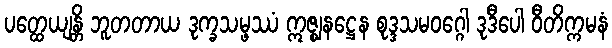
ပတ္ထေယျန္တိ ဘူတတာယ ဒုက္ခသမ္ဖဿံ ဣဇ္ဈနဋ္ဌေန စုဒ္ဒသမဝဂ္ဂေါ ဒုဒီပေါ ဝီတိက္ကမနံ